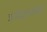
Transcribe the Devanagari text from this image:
त्रयोदशपदियाँ